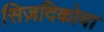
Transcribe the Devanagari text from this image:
सिज़दिकोवा